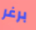
برغر